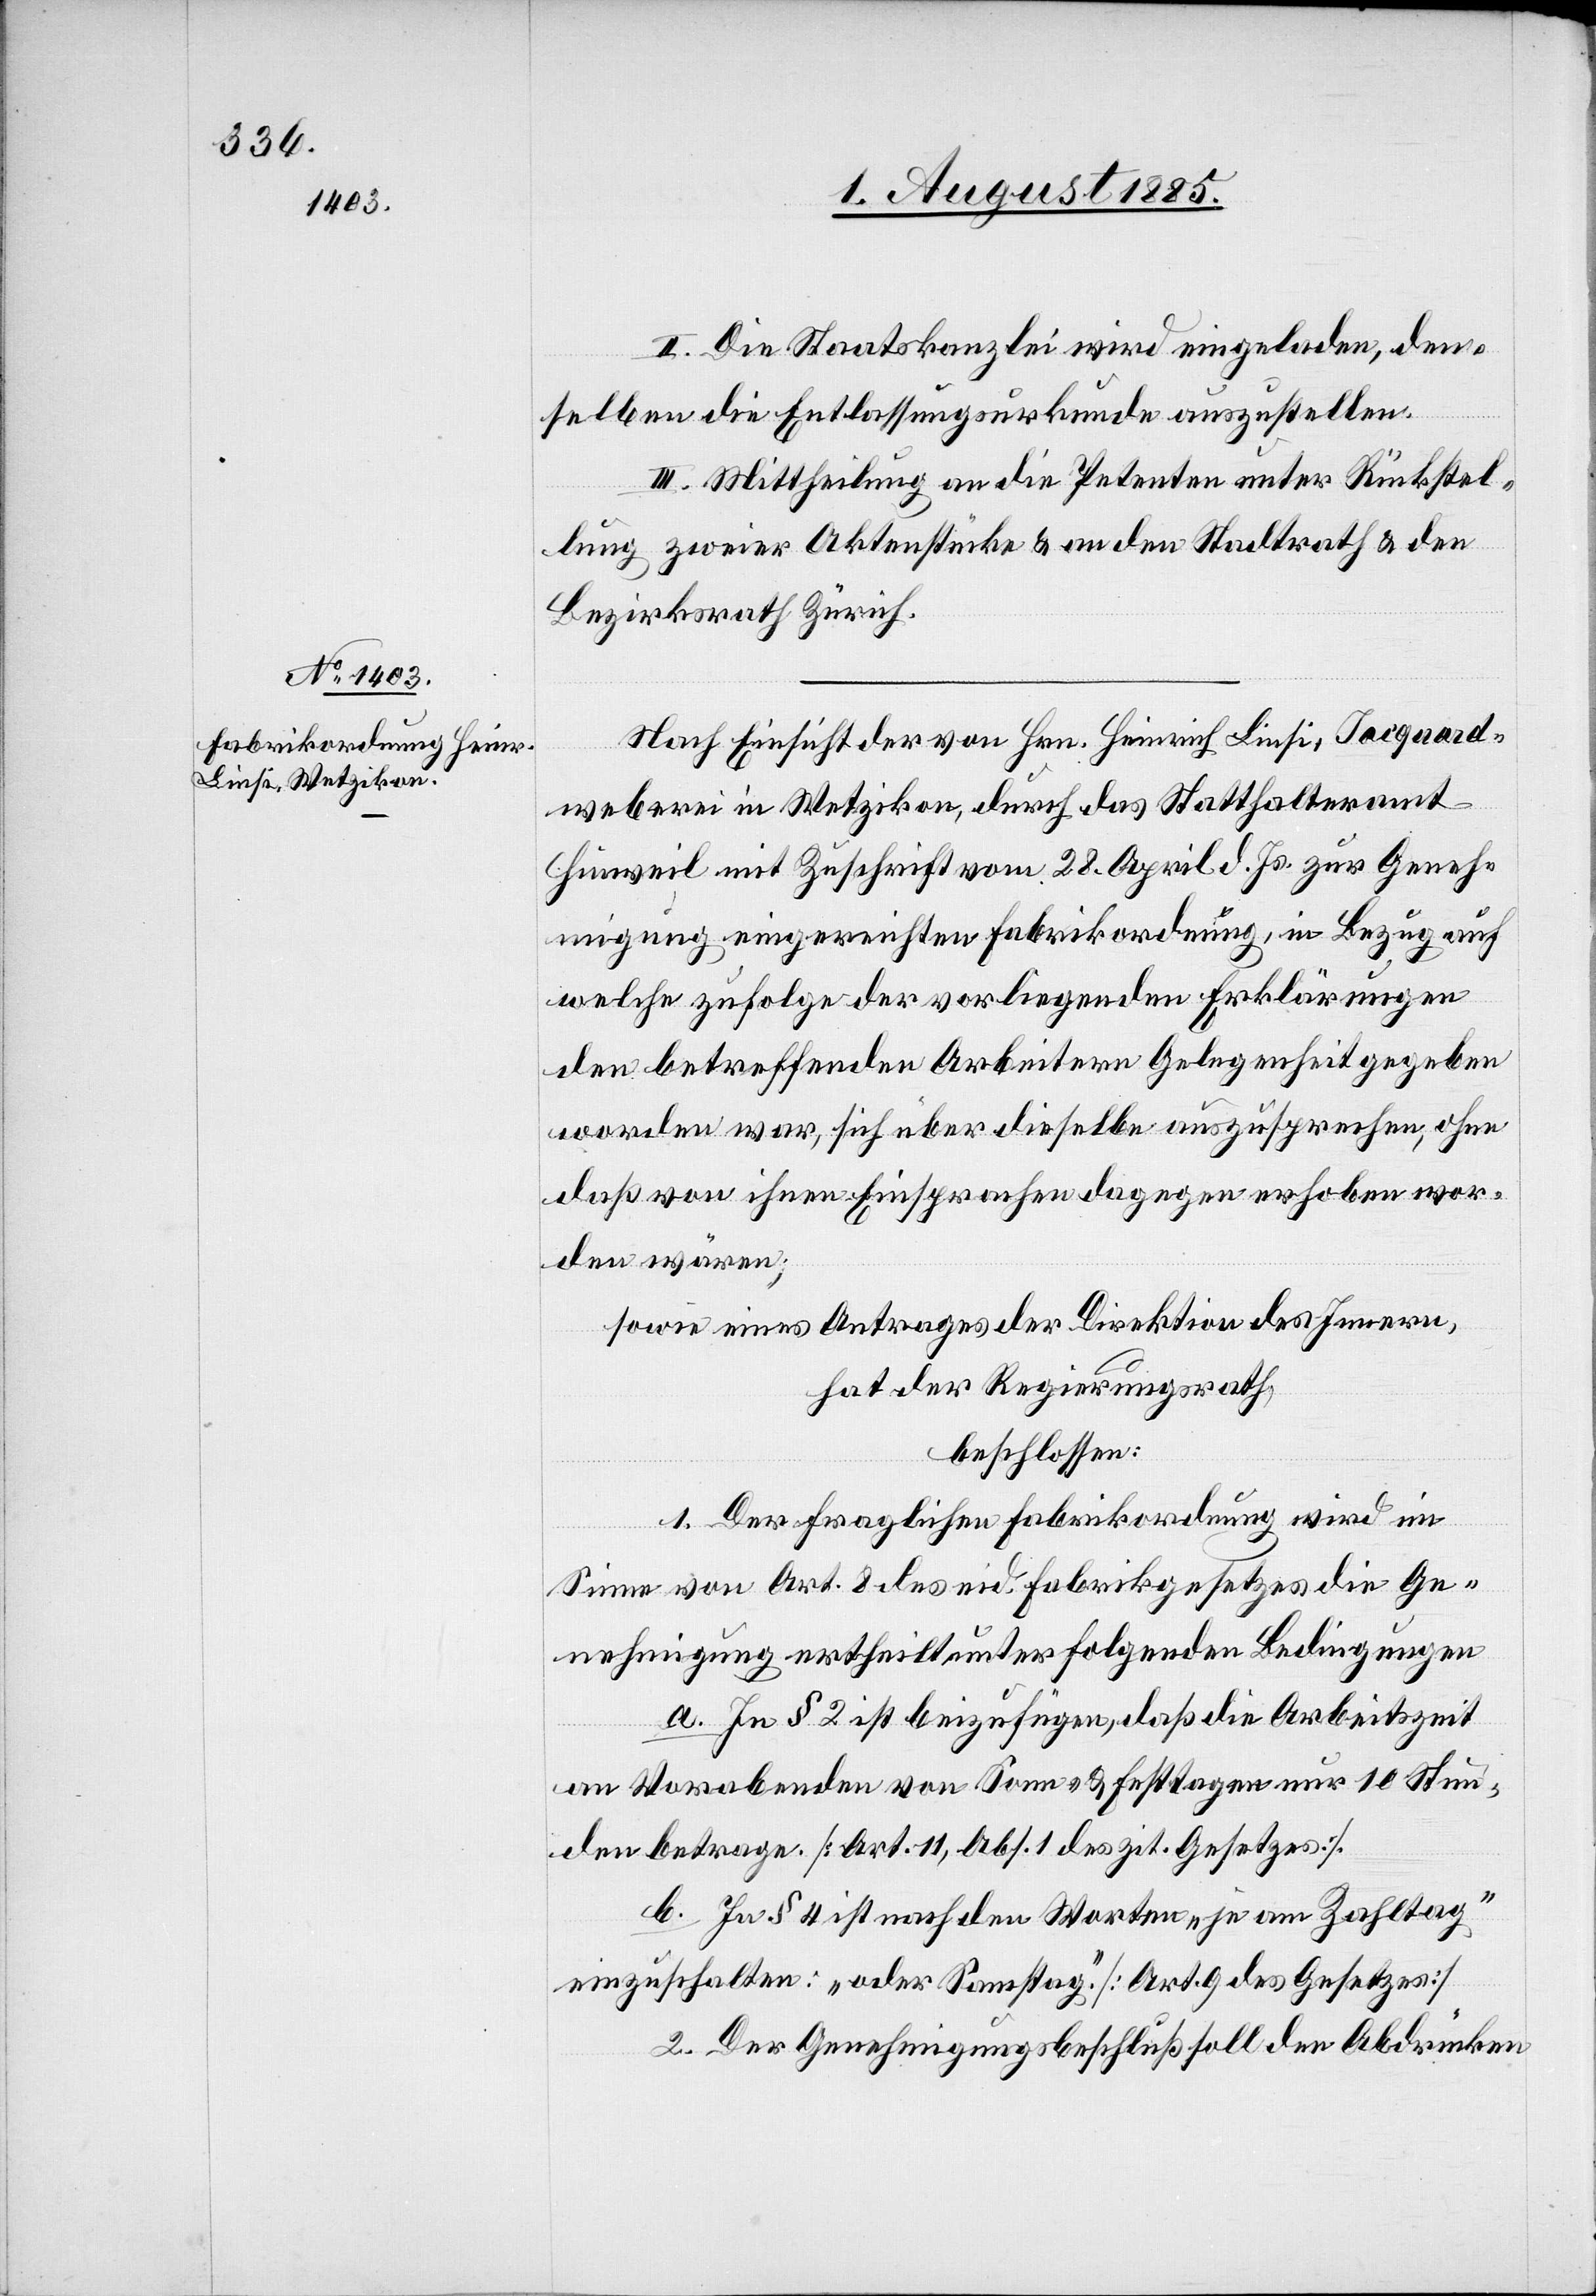
II. Die Staatskanzlei wird eingeladen, den¬
selben die Entlassungsurkunde auszustellen.
III. Mittheilung an die Petenten unter Rückstel¬
lung zweier Aktenstücke & an den Stadtrat & den
Bezirksrath Zürich.
Nach Einsicht der von Hrn. Heinrich Linsi, Jacquard¬
weberei in Wetzikon, durch das Statthalteramt
Hinweil mit Zuschrift vom 28. April d. Js. zur Geneh¬
migung eingereichten Fabrikordnung, in Bezug auf
welche zufolge der vorliegenden Erklärungen
den betreffenden Arbeitern Gelegenheit gegeben
worden war, sich über dieselbe auszusprechen, ohne
daß von ihnen Einsprachen dagegen erhoben wor¬
den wären;
sowie eines Antrages der Direktion des Innern,
hat der Regierungsrath,
beschlossen:
1. Der fraglichen Fabrikordnung wird im
Sinne von Art. 8 des eid. Fabrikgesetzes die Ge¬
nehmigung ertheilt unter folgenden Bedingungen
a. In § 2 ist beizufügen, daß die Arbeitszeit
an Vorabenden von Sonn- & Festtagen nur 10 Stun¬
den betrage [Art. 11, Abs. 1 des zit. Gesetzes].
b. In § 4 ist nach den Worten „je am Zahltag“
einzuschalten: „oder Samstag“ [Art. 9 des Gesetzes]
2. Der Genehmigungsbeschluß soll den Abdrücken